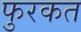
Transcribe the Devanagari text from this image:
फुरकत